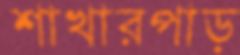
শাখারপাড়